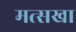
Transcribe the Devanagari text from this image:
मत्सखा